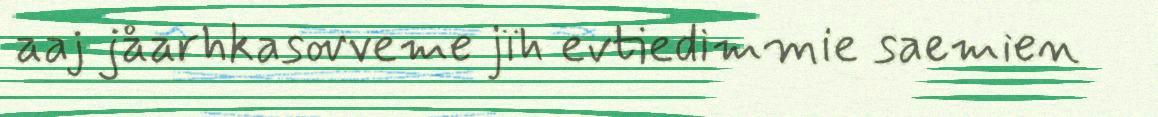
aaj jåarhkasovveme jïh evtiedimmie saemien